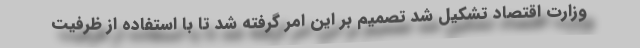
وزارت اقتصاد تشکیل شد تصمیم بر این امر گرفته شد تا با استفاده از ظرفیت